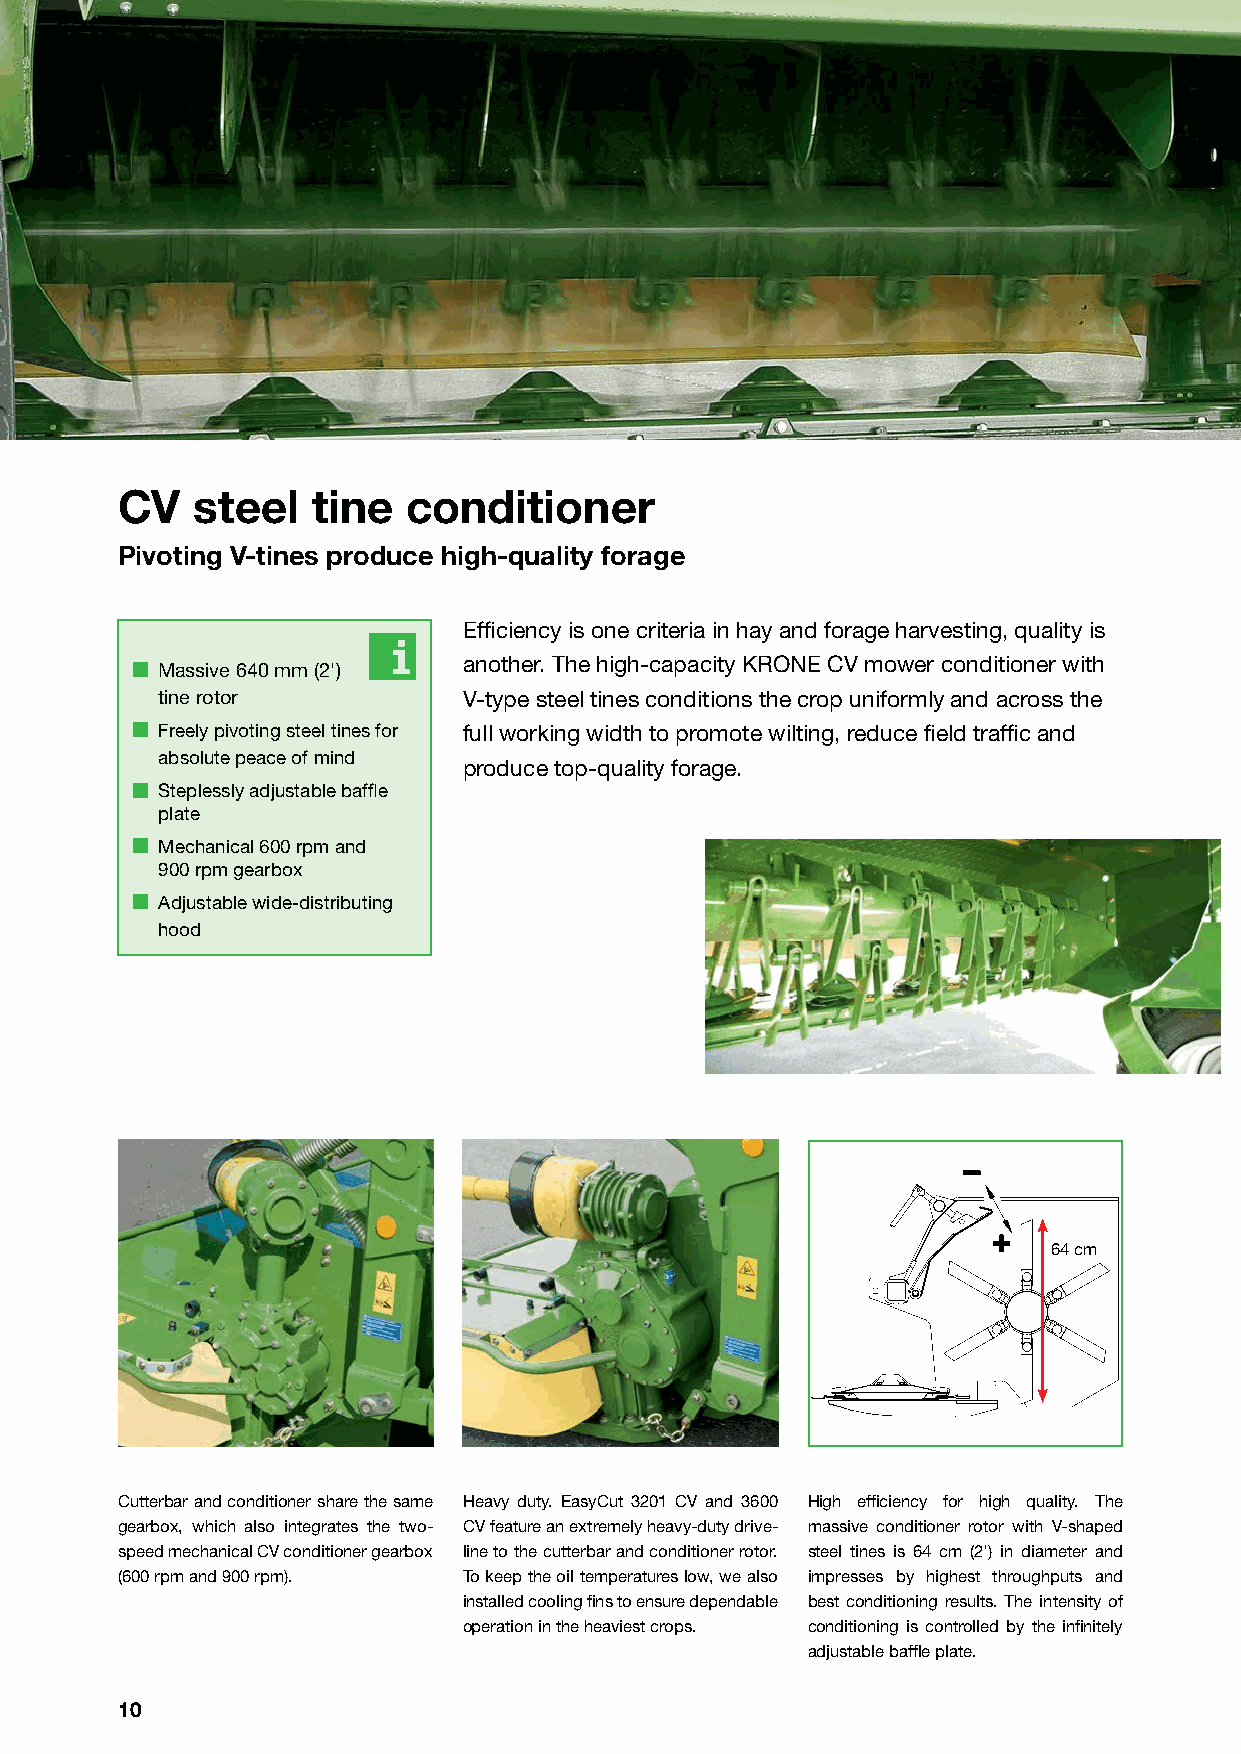
CV   steel   tine  conditioner
 Pivoting V-tines produce high-quality forage
 Effi ciency is one criteria in hay and forage harvesting, quality is
 another. The high-capacity KRONE CV mower conditioner with
 Massive 640 mm (2')
 tine rotor          V-type steel tines conditions the crop uniformly and across the
 Freely pivoting steel tines for full working width to promote wilting, reduce fi eld traffi c and
 absolute peace of mind
 produce top-quality forage.
 Steplessly adjustable baffl e
 plate
 Mechanical 600 rpm and
 900 rpm gearbox
 Adjustable wide-distributing
 hood
 64 cm
 Cutterbar and conditioner share the same Heavy duty. EasyCut 3201 CV and 3600 High effi ciency for high quality. The
 gearbox, which also integrates the two- CV feature an extremely heavy-duty drive- massive conditioner rotor with V-shaped
 speed mechanical CV conditioner gearbox line to the cutterbar and conditioner rotor. steel tines is 64 cm (2') in diameter and
 (600 rpm and 900 rpm). To keep the oil temperatures low, we also impresses by highest throughputs and
 installed cooling fi ns to ensure dependable best conditioning results. The intensity of
 operation in the heaviest crops. conditioning is controlled by the infi nitely
 adjustable baffl e plate.
 10